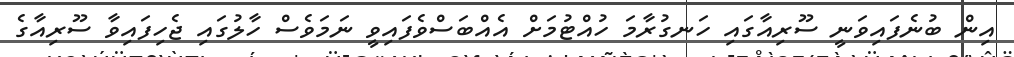
އިން ބުނެފައިވަނީ ސޫރިއާގައި ހަނގުރާމަ ހުއްޓުމަށް އެއްބަސްވެފައިވީ ނަމަވެސް ހާލުގައި ޖެހިފައިވާ ސޫރިއާގެ